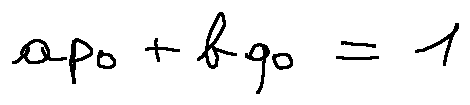
a p _ { 0 } + b q _ { 0 } = 1